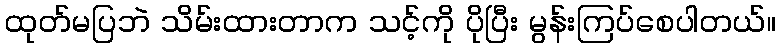
ထုတ်မပြဘဲ သိမ်းထားတာက သင့်ကို ပိုပြီး မွန်းကြပ်စေပါတယ်။